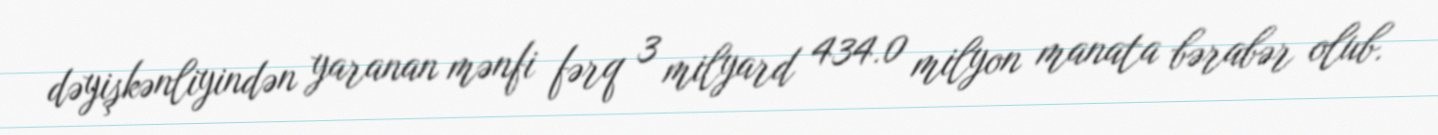
dəyişkənliyindən yaranan mənfi fərq 3 milyard 434.0 milyon manata bərabər olub.